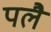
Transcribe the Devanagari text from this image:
पलै